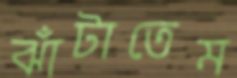
ঝাঁটাতেম